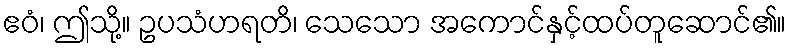
ဧဝံ၊ ဤသို့။ ဥပသံဟရတိ၊ သေသော အကောင်နှင့်ထပ်တူဆောင်၏။